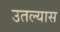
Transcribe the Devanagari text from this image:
उतल्यास